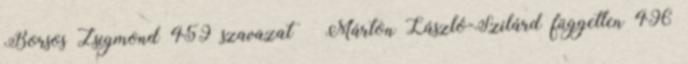
Borsos Zsigmond 459 szavazat – Márton László-Szilárd független 496